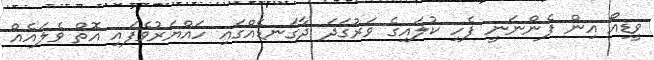
ވީޑިއޯ އިން ފެންނަނީ ފެހި ކުލައިގެ ވަރުގަދަ ދާގަނޑެއްގައި ހައްޔަރުވެފައި އޮތް ވެލައެއް